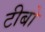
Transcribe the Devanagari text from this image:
टीबो